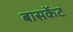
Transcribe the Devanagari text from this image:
बासकेंट